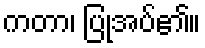
ကတာ၊ ပြုအပ်၏။